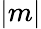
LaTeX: \lvert m\rvert